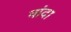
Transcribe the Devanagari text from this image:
वांदा